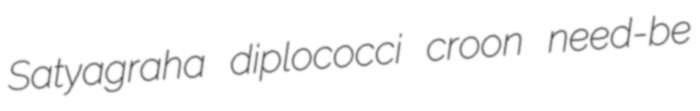
Satyagraha diplococci croon need-be